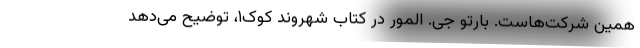
همین شرکت‌هاست. بارتو جی. المور در کتاب شهروند کوک۱، توضیح می‌دهد